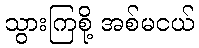
သွားကြစို့ အစ်မငယ်